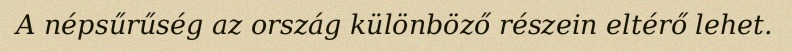
A népsűrűség az ország különböző részein eltérő lehet.